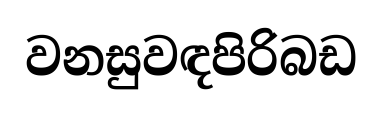
වනසුවඳපිරිබඩ